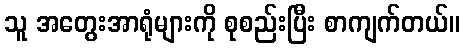
သူ အတွေးအာရုံများကို စုစည်းပြီး စာကျက်တယ်။